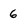
Character: 6